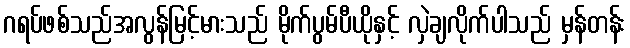
ဂရပ်ဖစ်သည်အလွန်မြင့်မားသည် မိုက်ပွမ်ပီယိုနှင့် လှဲချလိုက်ပါသည် မှန်တန်း